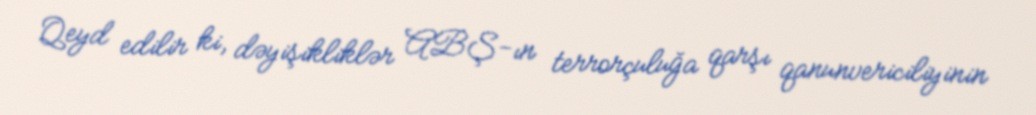
Qeyd edilir ki, dəyişikliklər ABŞ-ın terrorçuluğa qarşı qanunvericiliyinin